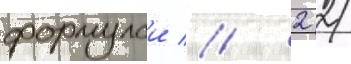
формулои // 2 2